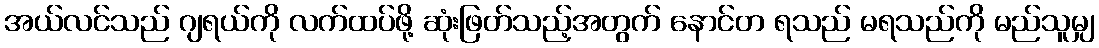
အယ်လင်သည် ဂျရယ်ကို လက်ထပ်ဖို့ ဆုံးဖြတ်သည့်အတွက် နောင်တ ရသည် မရသည်ကို မည်သူမျှ